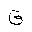
Letter: _qaf